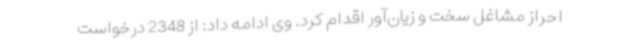
احراز مشاغل سخت و زیان‌آور اقدام کرد. وی ادامه داد: از 2348 درخواست